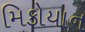
મિકોયાન